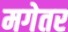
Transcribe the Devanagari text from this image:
मगेतर